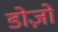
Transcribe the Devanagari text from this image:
डोज़ों